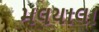
મલયાલા